65_HS1-834228961_62-HQ-83894_Section_9
Agency: FBI
Page 67
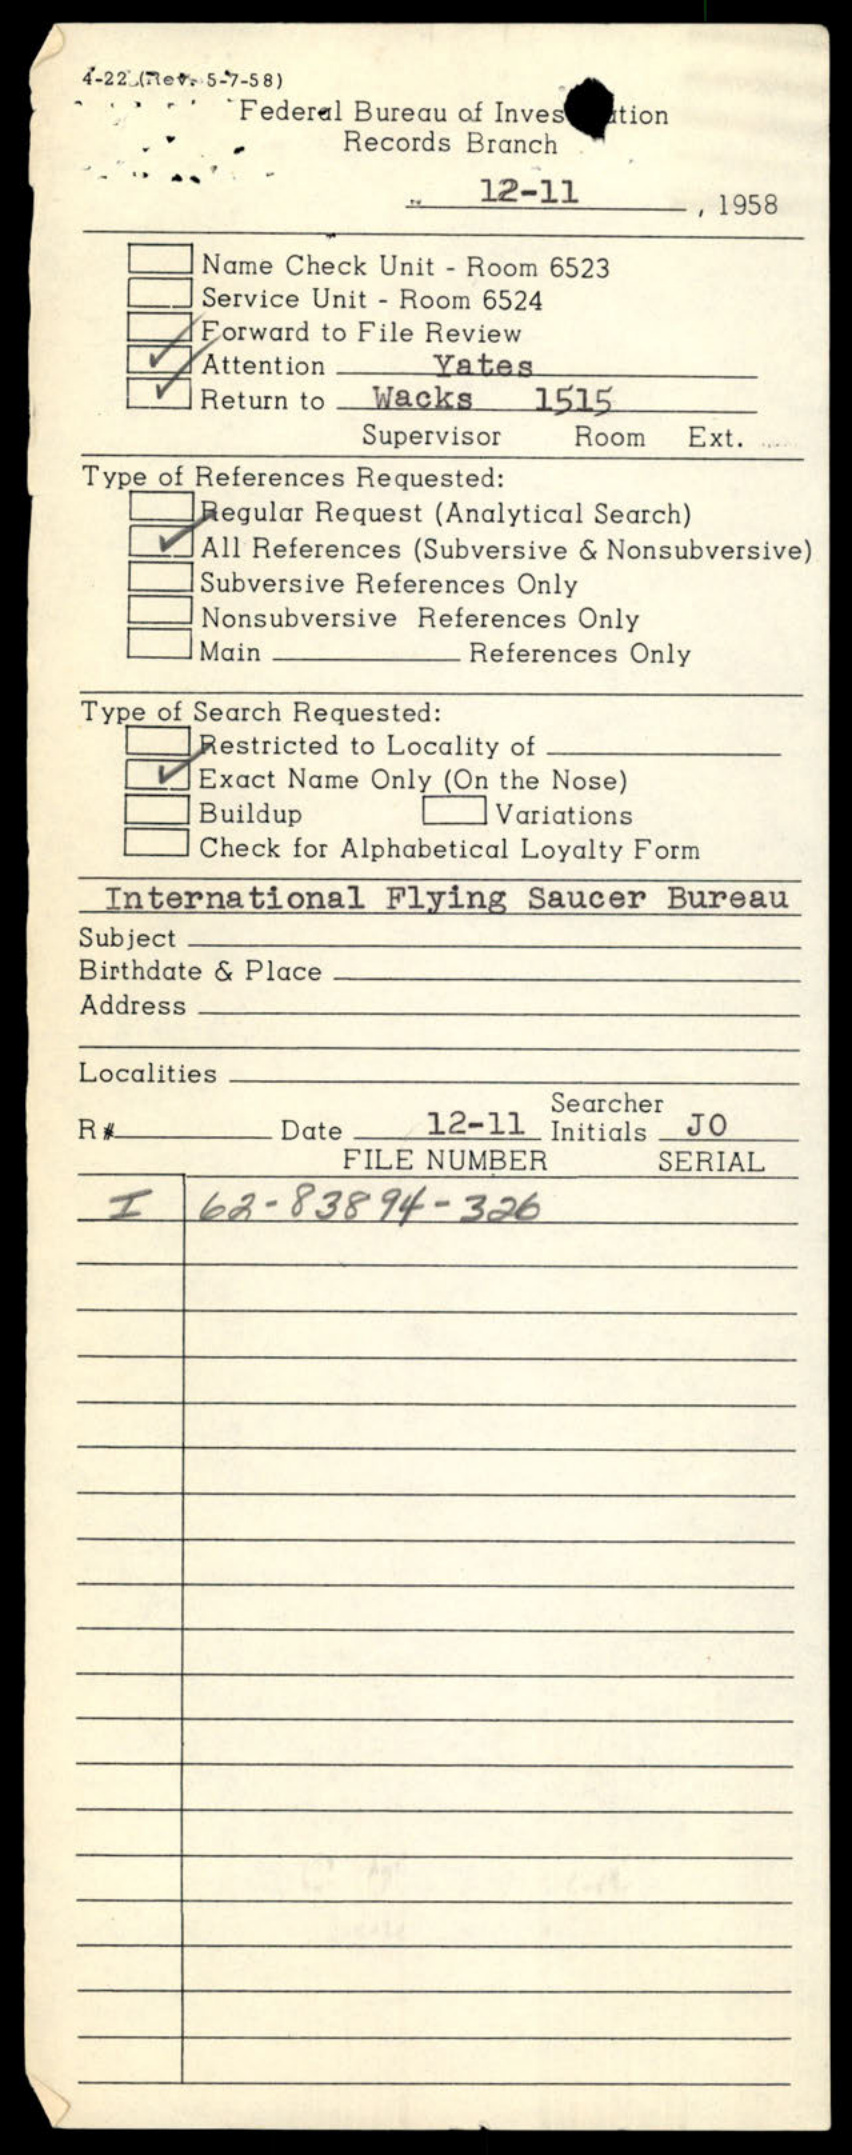